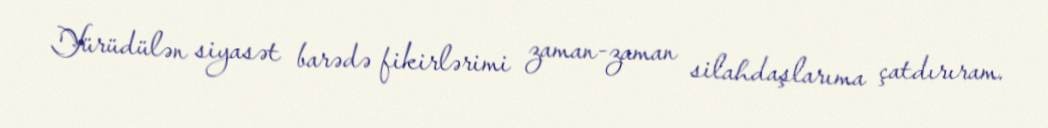
Yürüdülən siyasət barədə fikirlərimi zaman-zaman silahdaşlarıma çatdırıram.